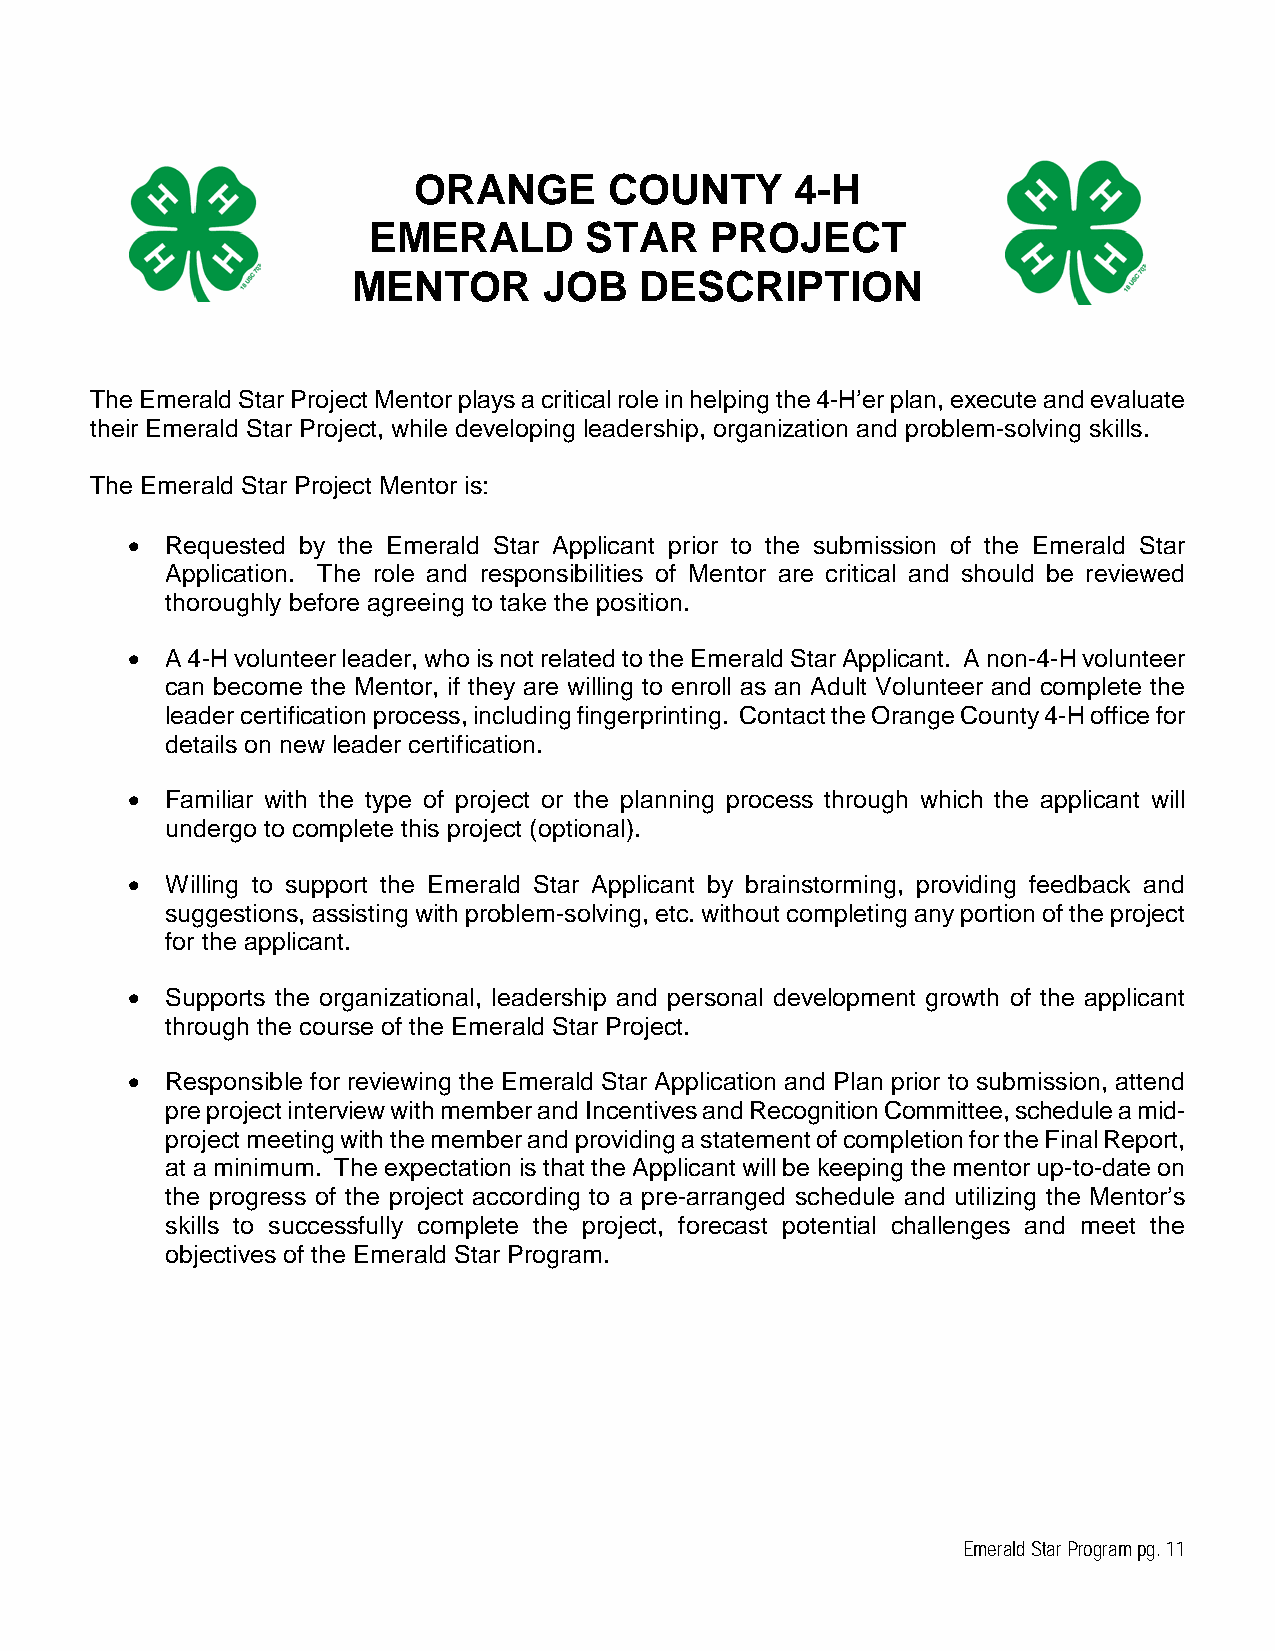
ORANGE       COUNTY       4-H
 EMERALD        STAR    PROJECT
 MENTOR       JOB   DESCRIPTION
 The Emerald Star Project Mentor plays a critical role in helping the 4-H’er plan, execute and evaluate
 their Emerald Star Project, while developing leadership, organization and problem-solving skills.
 The Emerald Star Project Mentor is:
 •  Requested by the Emerald Star Applicant prior to the submission of the Emerald Star
 Application. The role and responsibilities of Mentor are critical and should be reviewed
 thoroughly before agreeing to take the position.
 •  A 4-H volunteer leader, who is not related to the Emerald Star Applicant. A non-4-H volunteer
 can become the Mentor, if they are willing to enroll as an Adult Volunteer and complete the
 leader certification process, including fingerprinting. Contact the Orange County 4-H office for
 details on new leader certification.
 •  Familiar with the type of project or the planning process through which the applicant will
 undergo to complete this project (optional).
 •  Willing to support the Emerald Star Applicant by brainstorming, providing feedback and
 suggestions, assisting with problem-solving, etc. without completing any portion of the project
 for the applicant.
 •  Supports the organizational, leadership and personal development growth of the applicant
 through the course of the Emerald Star Project.
 •  Responsible for reviewing the Emerald Star Application and Plan prior to submission, attend
 pre project interview with member and Incentives and Recognition Committee, schedule a mid-
 project meeting with the member and providing a statement of completion for the Final Report,
 at a minimum. The expectation is that the Applicant will be keeping the mentor up-to-date on
 the progress of the project according to a pre-arranged schedule and utilizing the Mentor’s
 skills to successfully complete the project, forecast potential challenges and meet the
 objectives of the Emerald Star Program.
 Emerald Star Program pg. 11